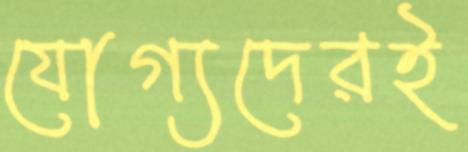
যোগ্যদেরই